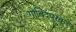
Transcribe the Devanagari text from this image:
गोविंदपुरकर